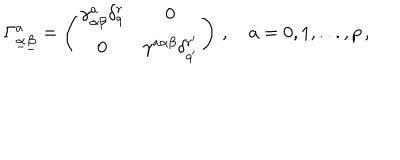
LaTeX: \Gamma _ { \underline { { \alpha } } \underline { { \beta } } } ^ { a } = \left( \begin{array} { c c } { { \gamma _ { \alpha \beta } ^ { a } \delta _ { q } ^ { r } } } & { { 0 } } \\ { { 0 } } & { { \gamma ^ { a \alpha \beta } \delta _ { q ^ { \prime } } ^ { r ^ { \prime } } } } \\ \end{array} \right) \, , \quad a = 0 , 1 , . . . , p \, ,